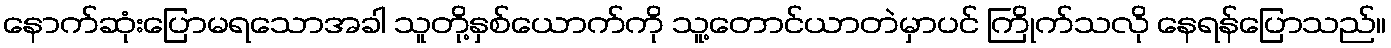
နောက်ဆုံးပြောမရသောအခါ သူတို့နှစ်ယောက်ကို သူ့တောင်ယာတဲမှာပင် ကြိုက်သလို နေရန်ပြောသည်။